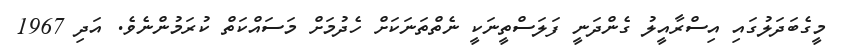
މީގެބަދަލުގައި އިސްރާއީލު ގެންދަނީ ފަލަސްތީނަކީ ނެތްތަނަކަށް ހެދުމަށް މަސައްކަތް ކުރަމުންނެވެ. އަދި 1967